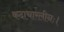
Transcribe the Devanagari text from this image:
कदाचारलीनः।